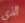
الذي